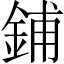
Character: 鋪